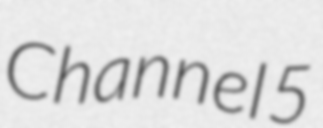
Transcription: Channel 5